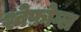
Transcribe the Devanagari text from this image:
श्वेफ़ोग्ल